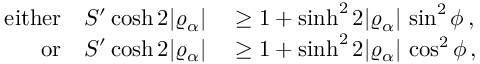
\begin{array} { r l } { \mathrm { e i t h e r } \quad S ^ { \prime } \cosh 2 \vert \varrho _ { \alpha } \vert } & { { } \geq 1 + \sinh ^ { 2 } 2 \vert \varrho _ { \alpha } \vert \, \sin ^ { 2 } \phi \, , } \\ { \mathrm { o r } \quad S ^ { \prime } \cosh 2 \vert \varrho _ { \alpha } \vert } & { { } \geq 1 + \sinh ^ { 2 } 2 \vert \varrho _ { \alpha } \vert \, \cos ^ { 2 } \phi \, , } \end{array}